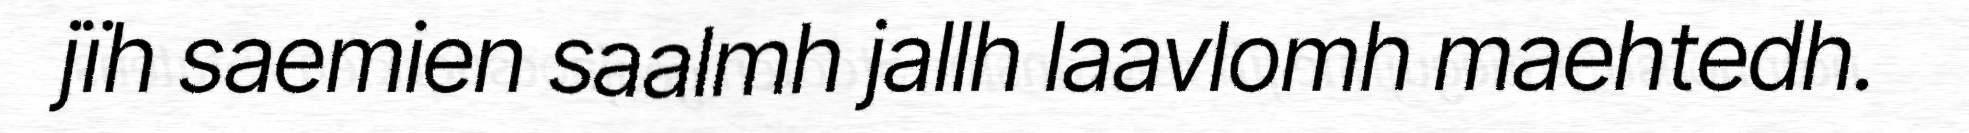
jïh saemien saalmh jallh laavlomh maehtedh.